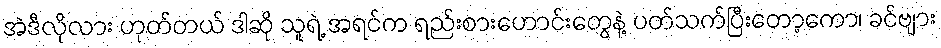
အဲဒီလိုလား ဟုတ်တယ် ဒါဆို သူရဲ့ အရင်က ရည်းစားဟောင်းတွေနဲ့ ပတ်သက်ပြီးတော့ကော၊ ခင်ဗျား